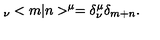
{ \hphantom > } _ { \nu } < m | n > ^ { \mu } = \delta _ { \nu } ^ { \mu } \delta _ { m + n } . \nonumber